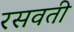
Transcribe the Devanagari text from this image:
रसवती